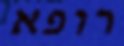
רופא